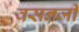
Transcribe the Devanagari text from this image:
वसनजी